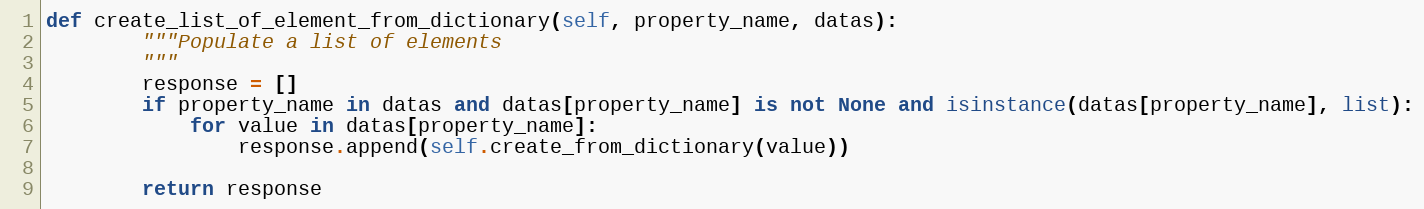
Language: Python
def create_list_of_element_from_dictionary(self, property_name, datas):
        """Populate a list of elements
        """
        response = []
        if property_name in datas and datas[property_name] is not None and isinstance(datas[property_name], list):
            for value in datas[property_name]:
                response.append(self.create_from_dictionary(value))

        return response